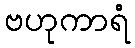
ဗဟုကာရံ